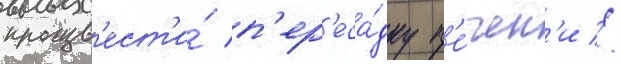
произв'ест'и́ п'ер'еса́дку п'е́чен'и //